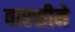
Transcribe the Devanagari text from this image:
वारसीने